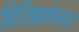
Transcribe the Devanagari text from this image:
विशिष्टकोनात